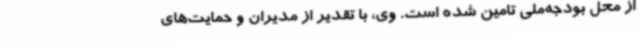
از محل بودجه‌ملی تامین شده است. وی، با تقدیر از مدیران و حمایت‌های